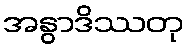
အနွာဒိဿတု